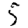
Digit: 5